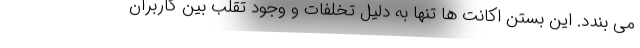
می بندد. این بستن اکانت ها تنها به دلیل تخلفات و وجود تقلب بین کاربران